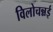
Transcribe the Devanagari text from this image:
विलोचन्नई